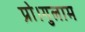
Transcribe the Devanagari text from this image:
प्रो।गुलाम